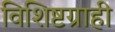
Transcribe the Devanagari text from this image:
विशिष्टग्राही